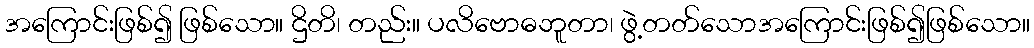
အကြောင်းဖြစ်၍ ဖြစ်သော။ ဌိတိ၊ တည်း။ ပလိဗောဓဘူတာ၊ ဖွဲ့တတ်သောအကြောင်းဖြစ်၍ဖြစ်သော။